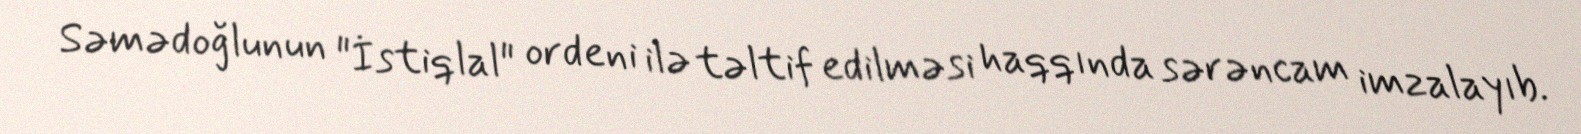
Səmədoğlunun "İstiqlal" ordeni ilə təltif edilməsi haqqında sərəncam imzalayıb.